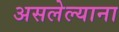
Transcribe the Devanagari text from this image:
असलेल्याना